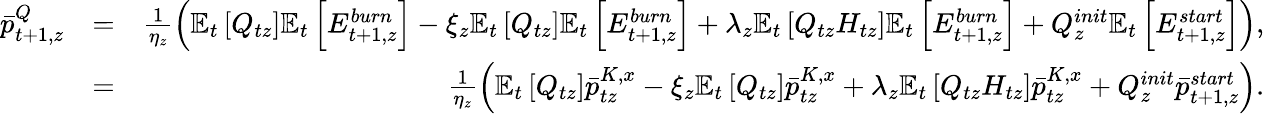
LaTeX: \begin{array}{rlr}{\bar{p}_{t+1,z}^{Q}}&{=}&{\frac{1}{\eta_{z}}\left(\mathbb{E}_{t}\left[Q_{tz}\right]\mathbb{E}_{t}\left[E_{t+1,z}^{burn}\right]-\xi_{z}\mathbb{E}_{t}\left[Q_{tz}\right]\mathbb{E}_{t}\left[E_{t+1,z}^{burn}\right]+\lambda_{z}\mathbb{E}_{t}\left[Q_{tz}H_{tz}\right]\mathbb{E}_{t}\left[E_{t+1,z}^{burn}\right]+Q_{z}^{init}\mathbb{E}_{t}\left[E_{t+1,z}^{start}\right]\right),}\\ &{=}&{\frac{1}{\eta_{z}}\left(\mathbb{E}_{t}\left[Q_{tz}\right]\bar{p}_{tz}^{K,x}-\xi_{z}\mathbb{E}_{t}\left[Q_{tz}\right]\bar{p}_{tz}^{K,x}+\lambda_{z}\mathbb{E}_{t}\left[Q_{tz}H_{tz}\right]\bar{p}_{tz}^{K,x}+Q_{z}^{init}\bar{p}_{t+1,z}^{start}\right).}\end{array}